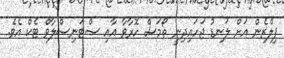
ޕިލްޒެން އަށް ލަނޑު ޖަހައިދިނީ ތޯމަސް ހޮރާވާ އާއި ސްޓަނިސްލާވް ޓެކް އެވެ.